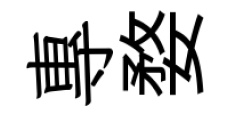
專婺